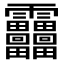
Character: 𩇓